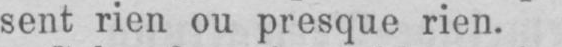
sent rien ou presque rien.